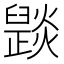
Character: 𤑠